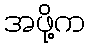
အဖို့က